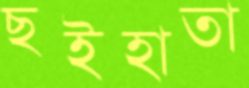
ছইহাতা